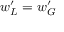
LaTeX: w _ { L } ^ { \prime } = w _ { G } ^ { \prime }